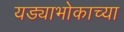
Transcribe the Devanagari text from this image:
यड्याभोकाच्या